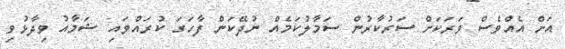
އަށް އެއްވެސް ވަރަކަށް ސަރުކާރުން ސަމާލުކަމެއް ނުދޭކަން ފާހަގަ ކުރައްވައި ޝަމާއު ވިދާޅުވި